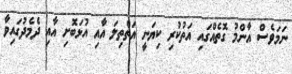
ނަމަވެސް އާންމު ގޮތެއްގައި އަތުކުރި ކިޔަނީ އަތްތިލަ އާއި އުޅަބޮށި އާއި ދެމެދުގައިވާ